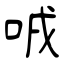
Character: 㖅